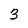
Character: 3